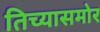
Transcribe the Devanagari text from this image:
तिच्यासमोर